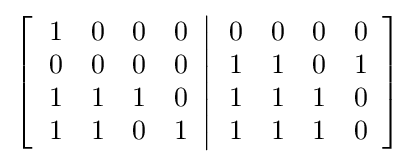
\left[\left.{\begin{array}{cccc}1&0&0&0\\0&0&0&0\\1&1&1&0\\1&1&0&1\end{array}}\right\vert {\begin{array}{cccc}0&0&0&0\\1&1&0&1\\1&1&1&0\\1&1&1&0\end{array}}\right]